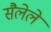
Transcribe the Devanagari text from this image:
सैलेले